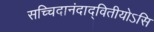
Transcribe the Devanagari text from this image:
सच्चिदानंदाद्वितीयोऽसि